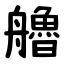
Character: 艪